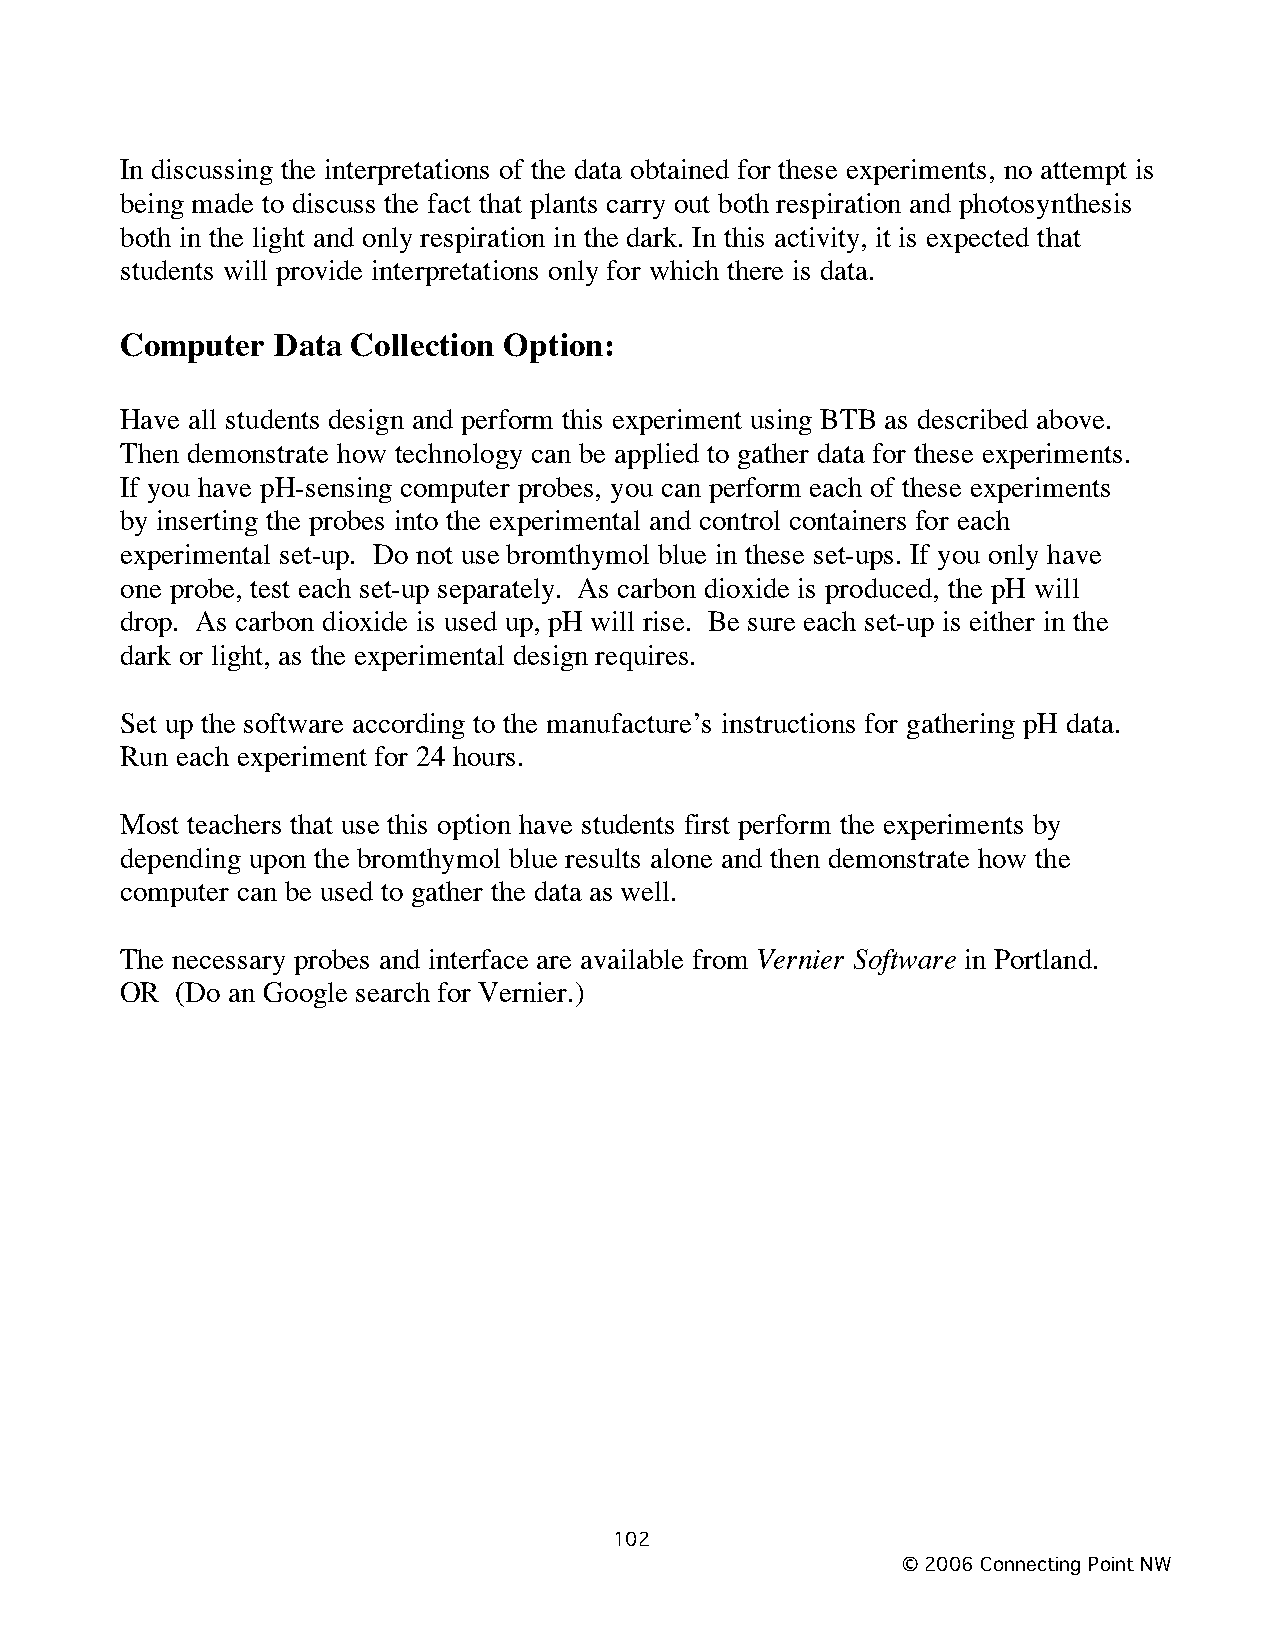
In discussing the interpretations of the data obtained for these experiments, no attempt is
 being made to discuss the fact that plants carry out both respiration and photosynthesis
 both in the light and only respiration in the dark. In this activity, it is expected that
 students will provide interpretations only for which there is data.
 Computer  Data Collection Option:
 Have all students design and perform this experiment using BTB as described above.
 Then demonstrate how technology can be applied to gather data for these experiments.
 If you have pH-sensing computer probes, you can perform each of these experiments
 by inserting the probes into the experimental and control containers for each
 experimental set-up. Do not use bromthymol blue in these set-ups. If you only have
 one probe, test each set-up separately. As carbon dioxide is produced, the pH will
 drop. As carbon dioxide is used up, pH will rise. Be sure each set-up is either in the
 dark or light, as the experimental design requires.
 Set up the software according to the manufacture’s instructions for gathering pH data.
 Run each experiment for 24 hours.
 Most teachers that use this option have students first perform the experiments by
 depending upon the bromthymol blue results alone and then demonstrate how the
 computer can be used to gather the data as well.
 The necessary probes and interface are available from Vernier Software in Portland.
 OR  (Do an Google search for Vernier.)
 102
 © 2006 Connecting Point NW